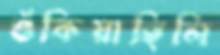
শুঁকিয়াছিলি